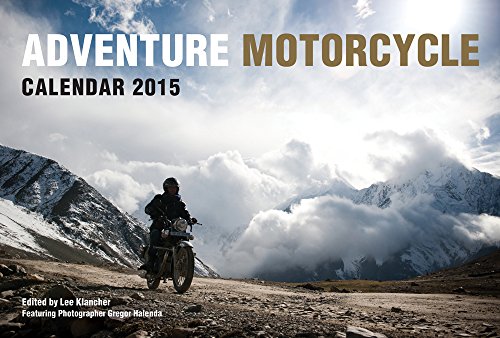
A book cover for Adventure Motorcycle Calendar 2015; Lee Klancher; Calendars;